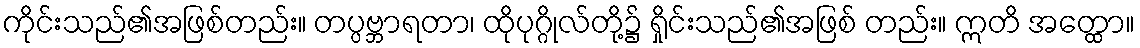
ကိုင်းသည်၏အဖြစ်တည်း။ တပ္ပဗ္ဘာရတာ၊ ထိုပုဂ္ဂိုလ်တို့၌ ရှိုင်းသည်၏အဖြစ် တည်း။ ဣတိ အတ္ထော။